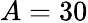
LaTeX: A=30